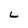
Character: L